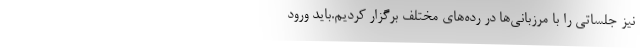
نیز جلساتی را با مرزبانی‌ها در رده‌های مختلف برگزار کردیم.باید ورود